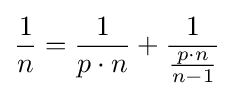
{\frac {1}{n}}={\frac {1}{p\cdot n}}+{\frac {1}{\frac {p\cdot n}{n-1}}}